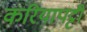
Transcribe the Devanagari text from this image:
करियापट्टी